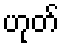
ဟုတ်